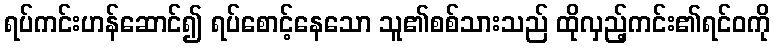
ရပ်ကင်းဟန်ဆောင်၍ ရပ်စောင့်နေသော သူ၏စစ်သားသည် ထိုလှည့်ကင်း၏ရင်ဝကို